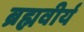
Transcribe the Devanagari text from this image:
ब्रह्मवीर्य